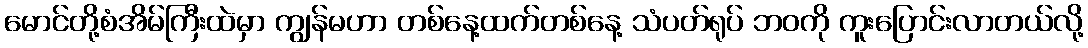
မောင်တို့စံအိမ်ကြီးထဲမှာ ကျွန်မဟာ တစ်နေ့ထက်တစ်နေ့ သံပတ်ရုပ် ဘဝကို ကူးပြောင်းလာတယ်လို့